Rangoon Lunatic Asylum 1898-1906 - 1898-1906
Year: 1898
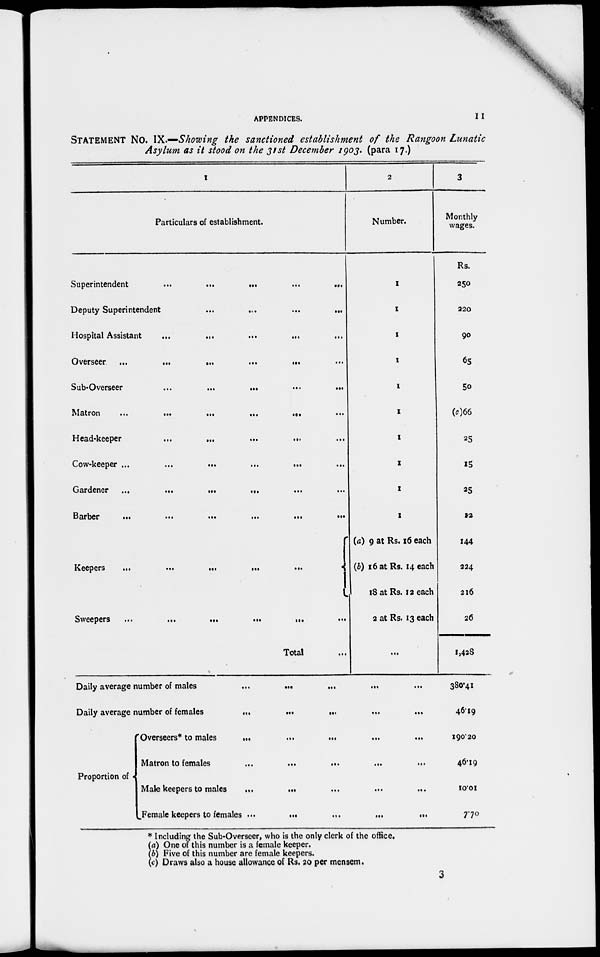
APPENDICES.
11
STATEMENT No. IX.—Showing the sanctioned establishment of the Rangoon Lunatic
Asylum as it stood on the 31st December 1903. (para 17.)
1
Particulars of establishment.
Superintendent
...
...
...
...
...
Deputy Superintendent
...
...
...
...
Hospital Assistant
...
...
Overseer
...
...
...
...
...
...
Sub-Overseer
...
...
...
...
Matron
...
...
...
...
...
Head-keeper
...
...
...
...
...
Cow-keeper ...
...
...
...
...
...
Gardener
...
...
...
...
...
...
Barber
...
...
...
...
...
...
Keepers
...
...
...
...
...
...
Sweepers
...
...
...
...
...
...
Total ...
2
Number.
1
1
1
1
1
1
1
1
1
1
(a) 9 at Rs. 16 each
(b) 16 at Rs. 14 each
18 at Rs. 12 each
2 at Rs. 13 each
...
3
Monthly
wages.
Rs.
250
220
90
65
50
(c)66
25
15
25
12
144
224
216
26
1,428
Daily average number of males
...
...
...
...
Daily average number of females
...
...
...
...
...
Proportion of
Overseers* to males
...
Matron to females
...
...
...
...
Male keepers to males
...
...
...
...
...
Female keepers to females ...
...
...
...
...
380.41
46.19
190.20
46.19
10.01
7.70
* Including the Sub-Overseer, who is the only clerk of the office.
(a) One of this number is a female keeper.
( b) Five of this number are female keepers.
(c) Draws also a house allowance of Rs. 20 per mensem.
3